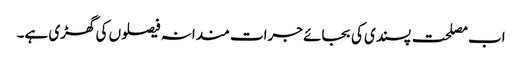
اب مصلحت پسندی کی بجائے جرات مندانہ فیصلوں کی گھڑی ہے۔